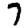
Digit: 7